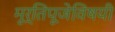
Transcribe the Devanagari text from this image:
मूर्तिपूजेविषयी